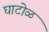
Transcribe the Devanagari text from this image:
घाटोळ